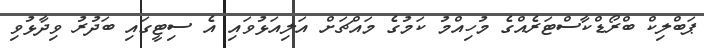
ޕަބްލިކް ބްރޯޑްކާސްޓަރެއްގެ މުހިއްމު ކަމުގެ މައްޗަށް އަލިއަޅުވައި އެ ސިޓީގައި ބަދުރު ވިދާޅުވި